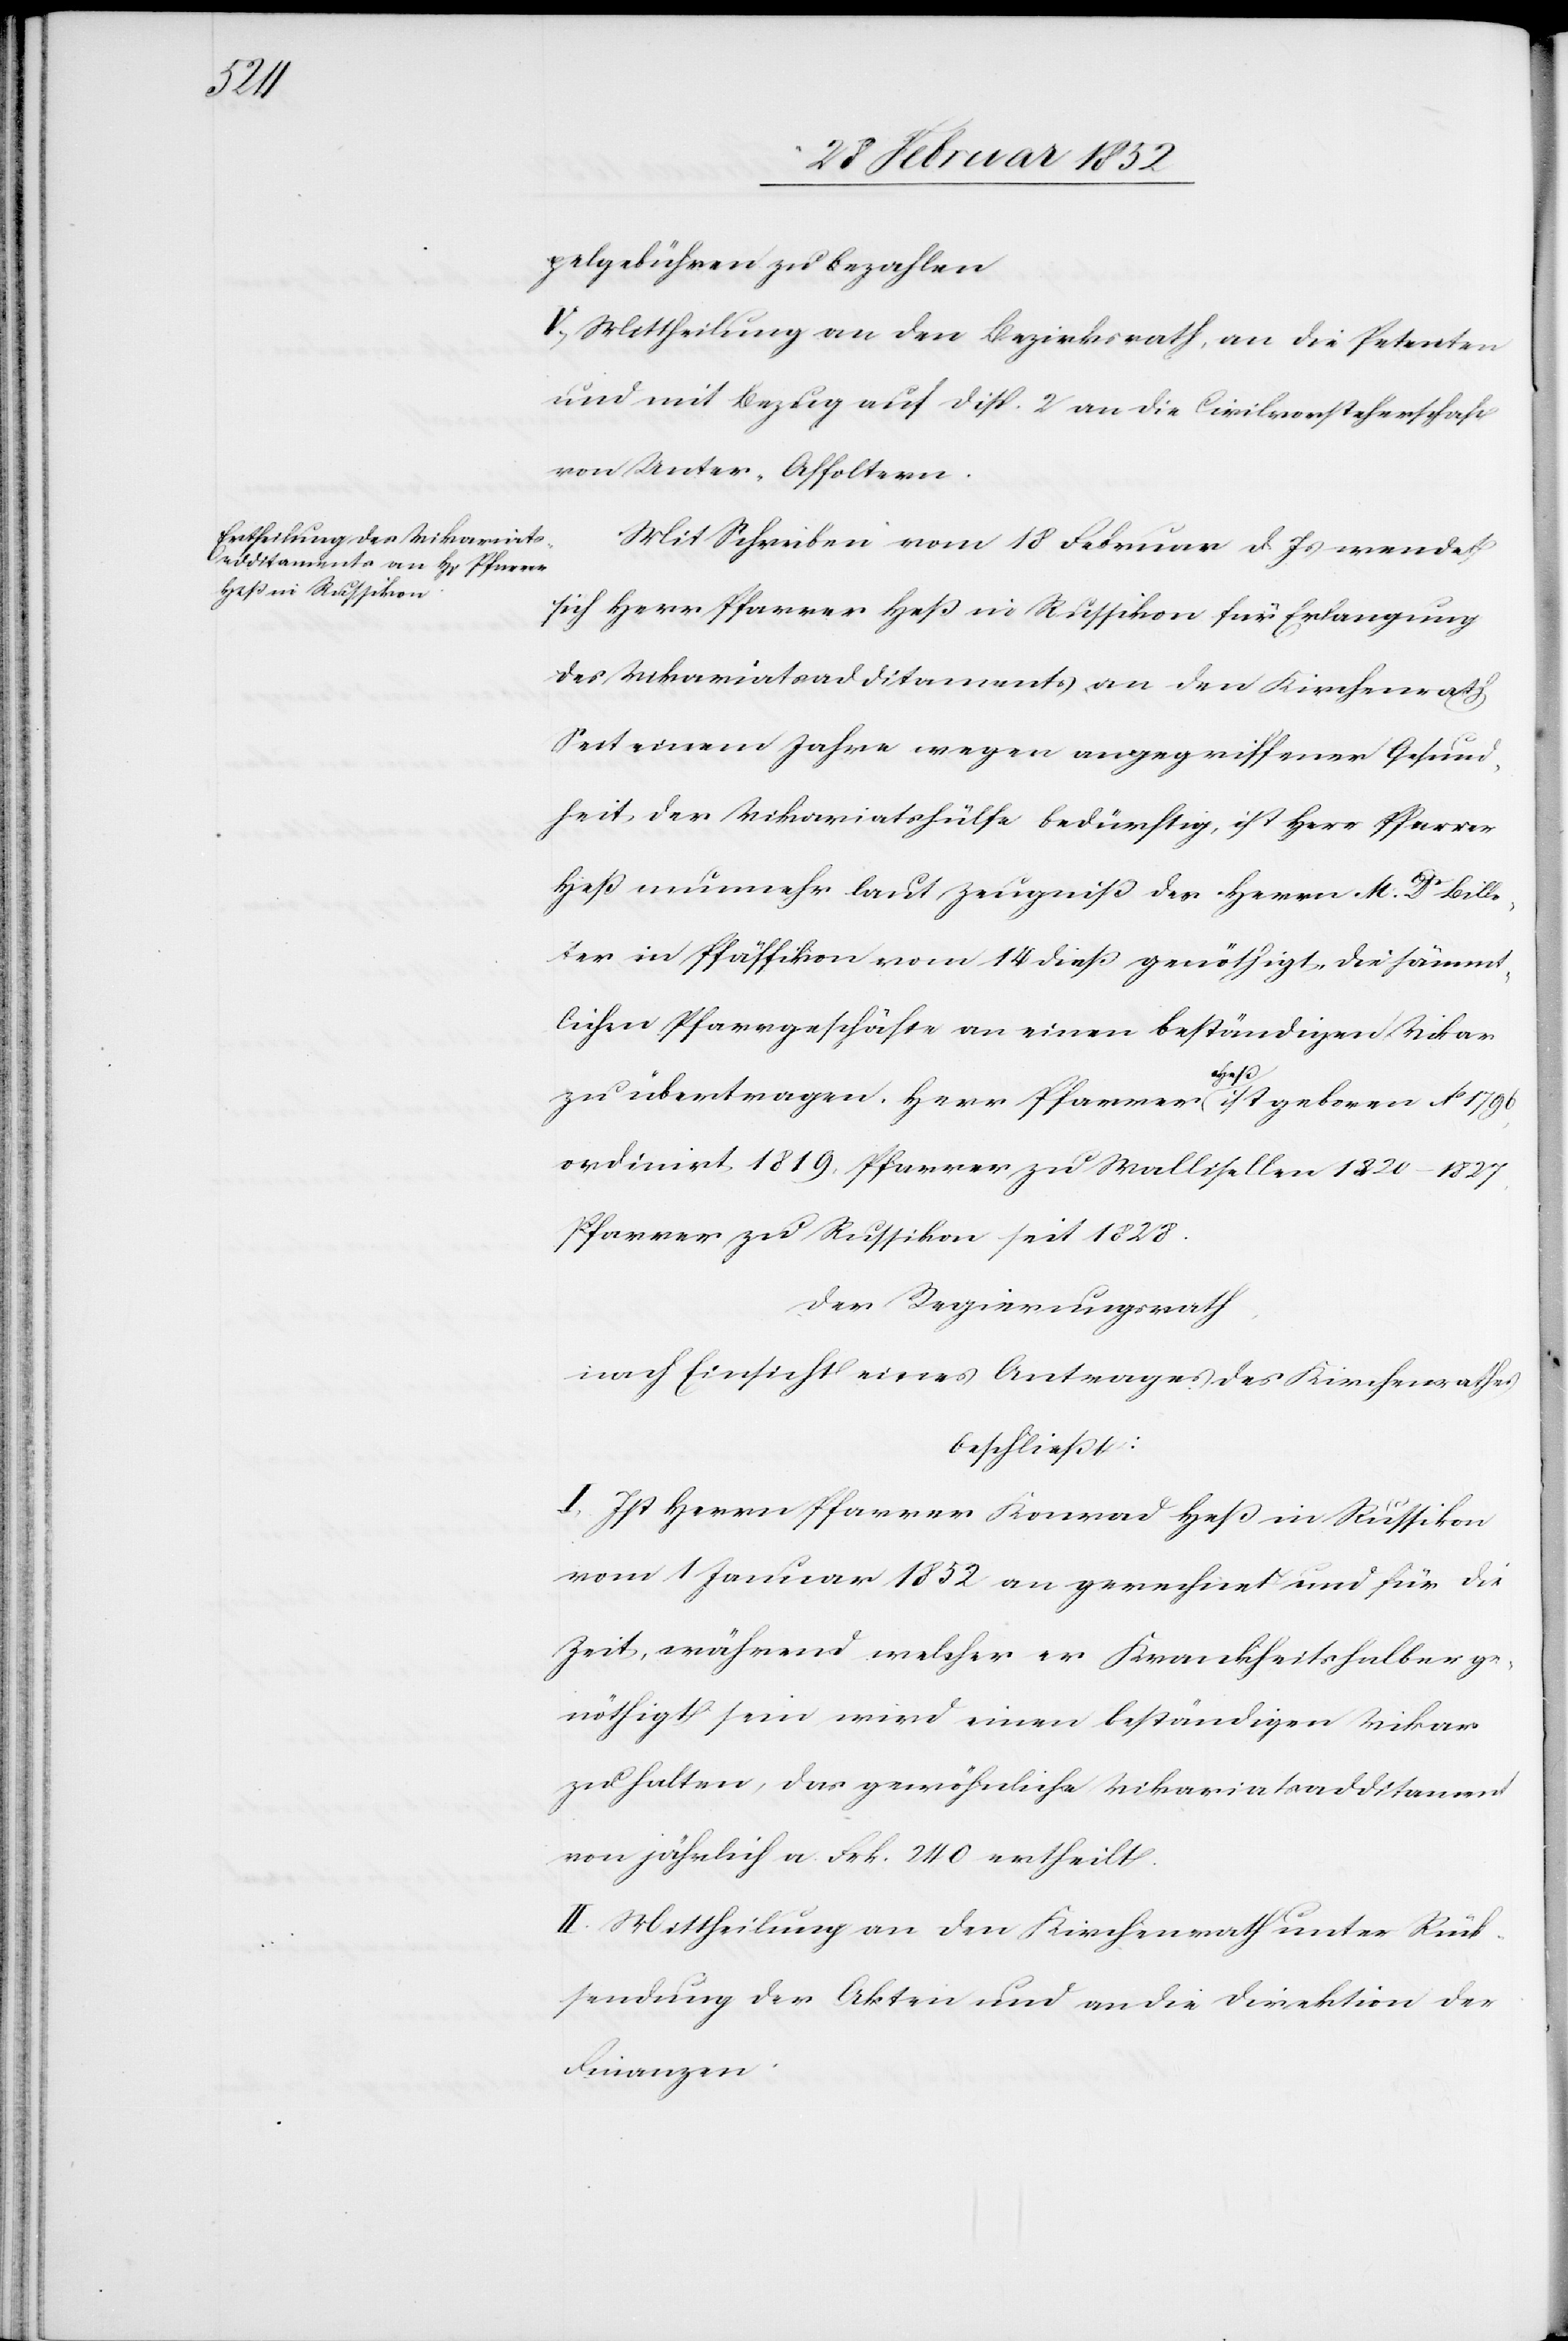
pelgebühren zu bezahlen.
V.) Mittheilung an den Bezirksrath, an die Petenten
und mit Bezug auf Disp. 2 an die Civilvorsteherschaft
von Unter-Affoltern.
Mit Schreiben vom 18 Februar d. Js wendet
sich Herr Pfarrer Heß in Russikon für Erlangung
des Vikariatsaditaments an den Kirchenrath.
Seit einem Jahre wegen angegriffener Gesund¬
heit der Vikariatshülfe bedürftig, ist Herr Pfarrer
Heß nunmehr laut Zeugniß des Herrn M. D. Bille¬
ter in Pfäffikon vom 14 dieß genöthigt, die sämmt¬
lichen Pfarrgeschäfte von einen beständigen Vikare
zu übertragen. Herr Pfarrer Heß ist geboren Ao. 1796
ordiniert 1819. Pfarrer zu Wallisellen 1820–1827,
Pfarrer zu Russikon seit 1828.
Der Regierungsrath
nach Einsicht eines Antrages des Kirchenrathes
beschließt:
I. Ist Herr Pfarrer Konrad Heß in Russikon
vom 1 Januar 1852 an gerechnet und für die
Zeit, während welcher er Krankheitshalber ge¬
nöthigt sein wird einen beständigen Vikar
zu halten, das gewöhnliche Vikariatsadditament
von jährlich a Frk. 240 ertheilt.
II. Mittheilungen an den Kirchenrath unter Rück¬
sendung der Akten und an die Direktion der
Finanzen.